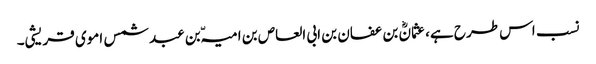
نسب اس طرح ہے، عثمانؓ بن عفان بن ابی العاص بن امیہّ بن عبد شمس اموی قریشی۔